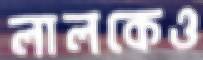
লালকেও